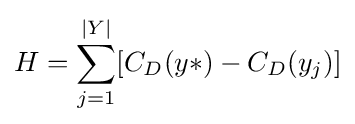
H=\sum _{j=1}^{|Y|}[C_{D}(y*)-C_{D}(y_{j})]